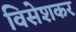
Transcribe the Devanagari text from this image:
विसेशकर